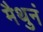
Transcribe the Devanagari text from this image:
मैथुनं